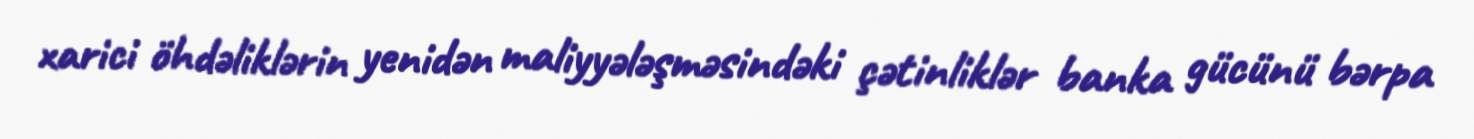
xarici öhdəliklərin yenidən maliyyələşməsindəki çətinliklər banka gücünü bərpa